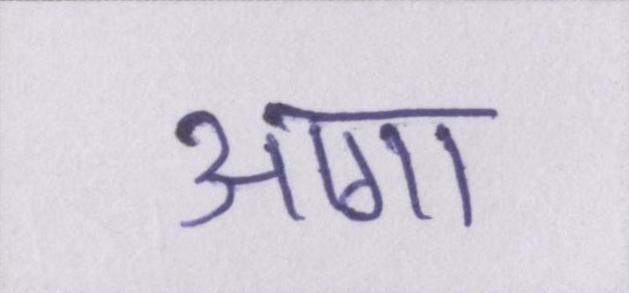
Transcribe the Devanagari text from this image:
आगा